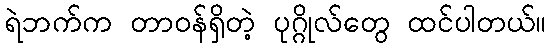
ရဲဘက်က တာဝန်ရှိတဲ့ ပုဂ္ဂိုလ်တွေ ထင်ပါတယ်။